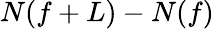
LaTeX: N(f+L)-N(f)